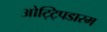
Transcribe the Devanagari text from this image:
ओट्ट्पिडारम